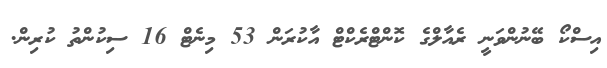
އިސްކޯ ބޭނުންވަނީ ރެއާލްގެ ކޮންޓްރެކްޓް އާކުރަން 53 މިނެޓް 16 ސިކުންތު ކުރިން.